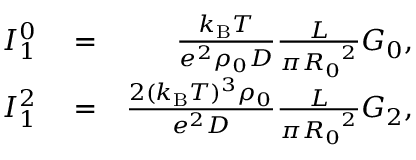
\begin{array} { r l r } { I _ { 1 } ^ { 0 } } & { { } = } & { \frac { k _ { \mathrm { B } } T } { e ^ { 2 } \rho _ { 0 } D } \frac { L } { \pi { R _ { 0 } } ^ { 2 } } G _ { 0 } , } \\ { I _ { 1 } ^ { 2 } } & { { } = } & { \frac { 2 ( k _ { \mathrm { B } } T ) ^ { 3 } \rho _ { 0 } } { e ^ { 2 } D } \frac { L } { \pi { R _ { 0 } } ^ { 2 } } G _ { 2 } , } \end{array}